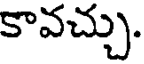
కావచ్చు.